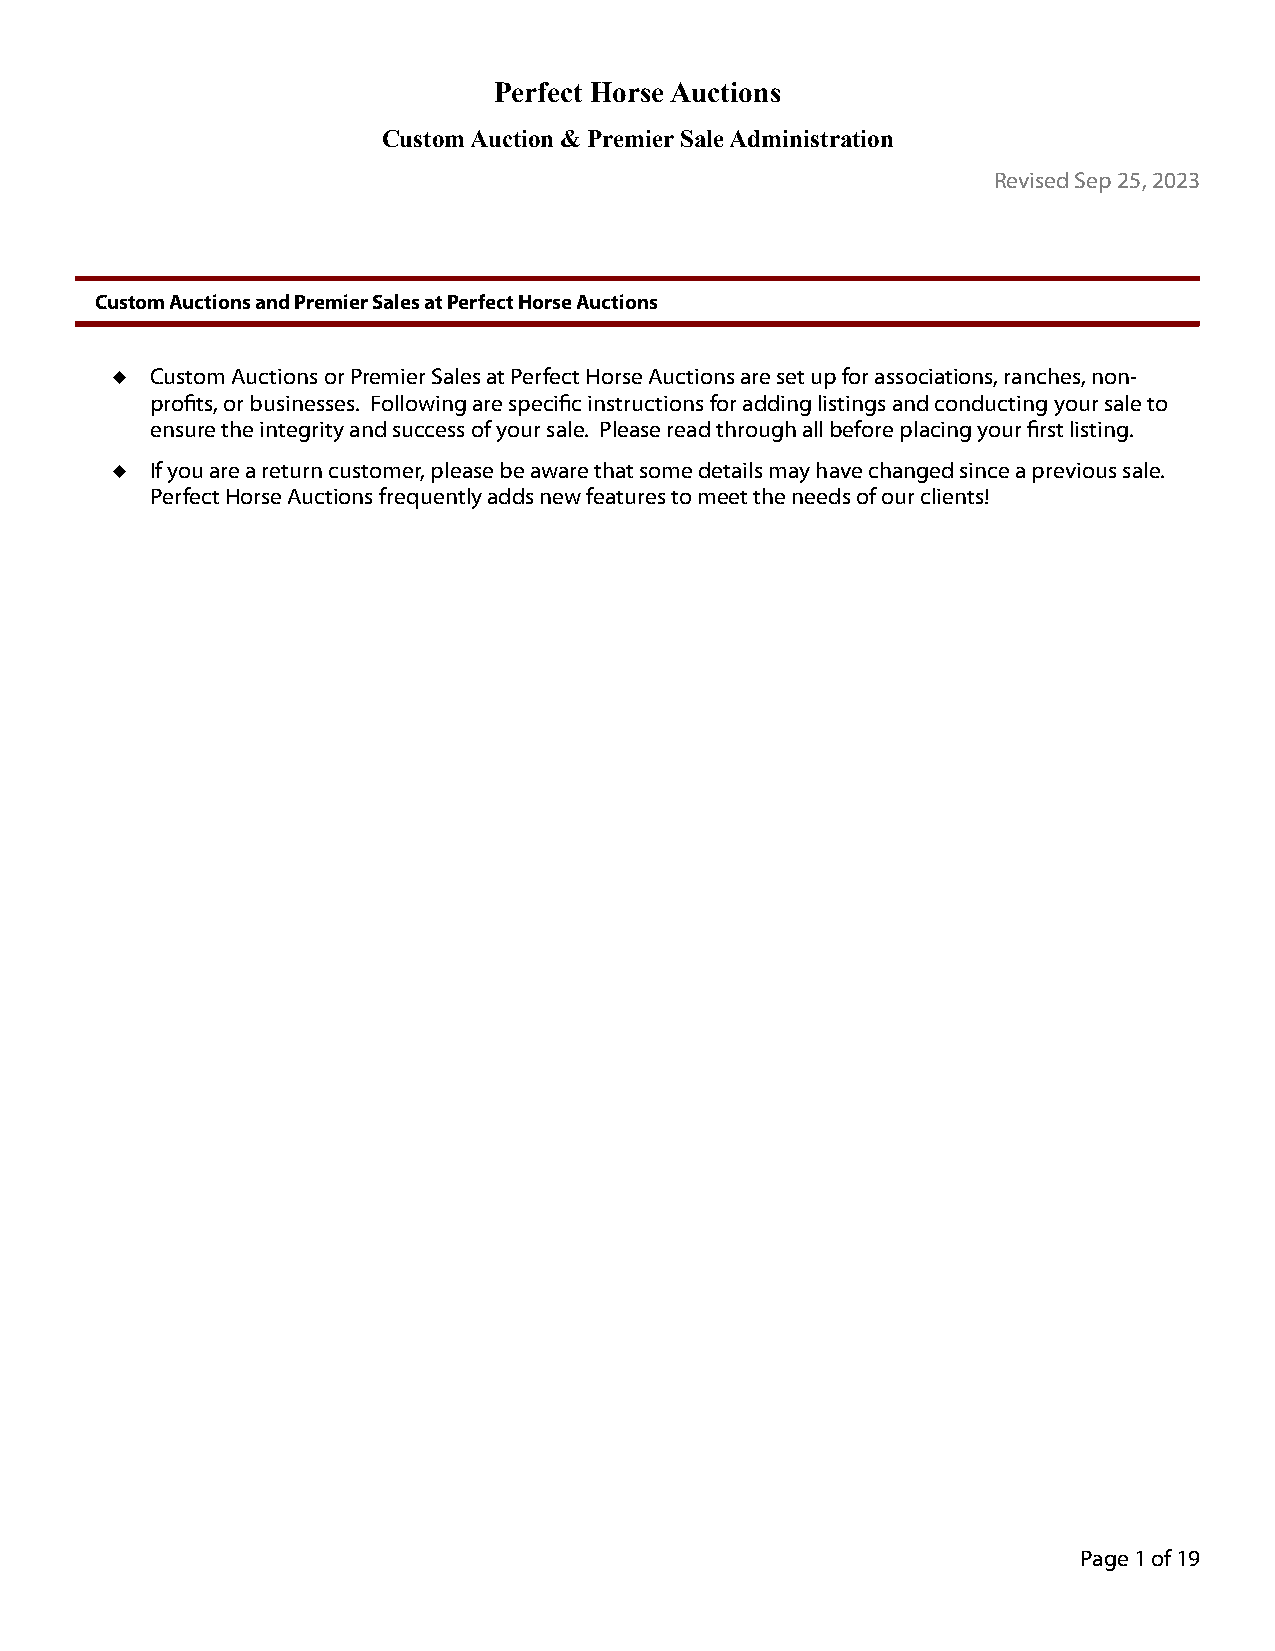
Perfect Horse Auctions
 Custom Auction & Premier Sale Administration
 Revised Sep 25, 2023
 Custom Auctions and Premier Sales at Perfect Horse Auctions
   Custom Auctions or Premier Sales at Perfect Horse Auctions are set up for associations, ranches, non-
 profits, or businesses. Following are specific instructions for adding listings and conducting your sale to
 ensure the integrity and success of your sale. Please read through all before placing your first listing.
   If you are a return customer, please be aware that some details may have changed since a previous sale.
 Perfect Horse Auctions frequently adds new features to meet the needs of our clients!
 Page 1 of 19